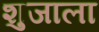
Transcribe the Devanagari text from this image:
शुजाला